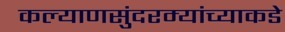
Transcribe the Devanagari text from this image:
कल्याणसुंदरम्यांच्याकडे